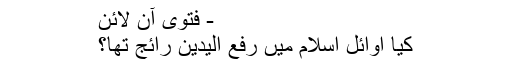
- فتویٰ آن لائن
کیا اوائلِ اسلام میں‌ رفع الیدین رائج تھا؟